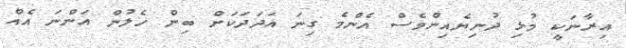
އިރާނަކީ މުޅި ދުނިޔެއިންވެސް އެންމެ ގިނަ އަދަދަކަށް ބިން ހެލުން އަންނަ އެއް